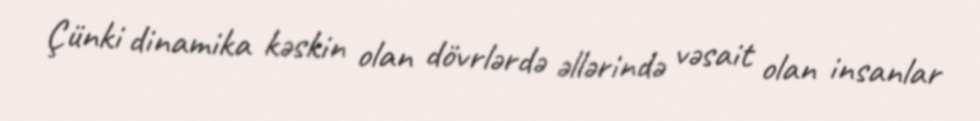
Çünki dinamika kəskin olan dövrlərdə əllərində vəsait olan insanlar